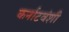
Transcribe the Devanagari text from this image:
कर्नाटवंशी